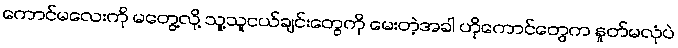
ကောင်မလေးကို မတွေ့လို့ သူ့သူငယ်ချင်းတွေကို မေးတဲ့အခါ ဟိုကောင်တွေက နှုတ်မလုံပဲ